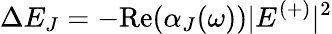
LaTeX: \Delta E_{J}=-\mathrm{Re}\! \left(\alpha_{J}(\omega)\right)|E^{(+)}|^{2}